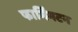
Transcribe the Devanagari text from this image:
फार्मिंगटन